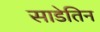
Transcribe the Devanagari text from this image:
साडेतिन